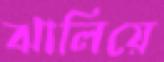
ঝালিয়ে